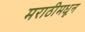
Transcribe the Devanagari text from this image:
मराठीमधून